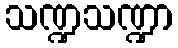
သဏ္ဍသဏ္ဍာ